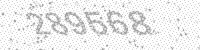
Solution: 289568